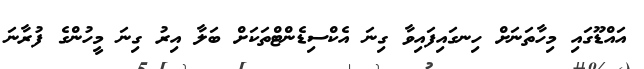
އައްޑޫގައި މިހާތަނަށް ހިނގައިފައިވާ ގިނަ އެކްސިޑެންޓްތަކަށް ބަލާ އިރު ގިނަ މީހުންގެ ފުރާނަ